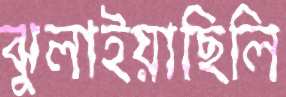
ঝুলাইয়াছিলি